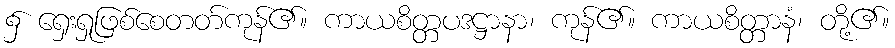
၌ ရှေးရှုဖြစ်စေတတ်ကုန်၏။ ကာယစိတ္တပဒဋ္ဌာနာ၊ ကုန်၏။ ကာယစိတ္တာနံ၊ တို့၏။